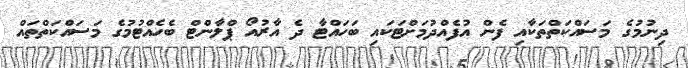
ދިނުމުގެ މަސައްކަތްތަކާއި ފެން އުފެއްދުމަށްޓަކައި ބަހައްޓާ ދެ އާރުއޯ ޕްލާންޓް ބެހެއްޓުމުގެ މަސައްކަތްތައް